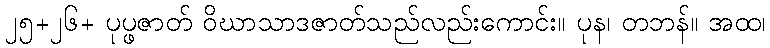
၂၅+၂၆+ ပုပ္ဖဇာတ် ဝိဃာသာဒဇာတ်သည်လည်းကောင်း။ ပုန၊ တဘန်။ အထ၊